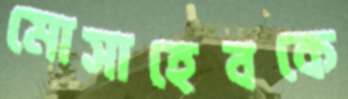
মোসাহেবকে